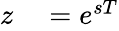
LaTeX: \begin{array}{rl}{z}&{{}=e^{sT}}\end{array}